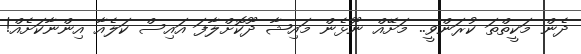
ދެން މަކީތްތަ ކުރަންވީ.. މަށޭއް ނޫޅެން މައިޝާ ދޫކޮށްލާފަ އައިސް ކަލެއާ އިންނާކަށެއް!